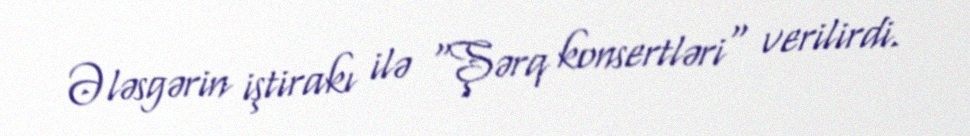
Ələsgərin iştirakı ilə "Şərq konsertləri" verilirdi.